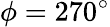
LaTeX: \phi=270^{\circ}